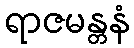
ရာဇမန္တနံ